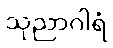
သုညာဂါရံ